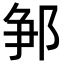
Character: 𨛰